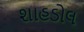
શાહડોલ